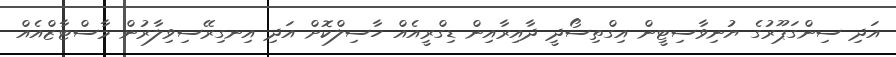
އަދި ސިންގަޕޫރުގެ ޔުނިވާސިޓީން އިގްތިސޯދީ ދާއިރާއިން ޑިގްރީއެއް ހާސިލްކޮށް އަދި އިނގިރޭސިވިލާރުން މާސްޓާޒްއެއް